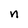
Character: n